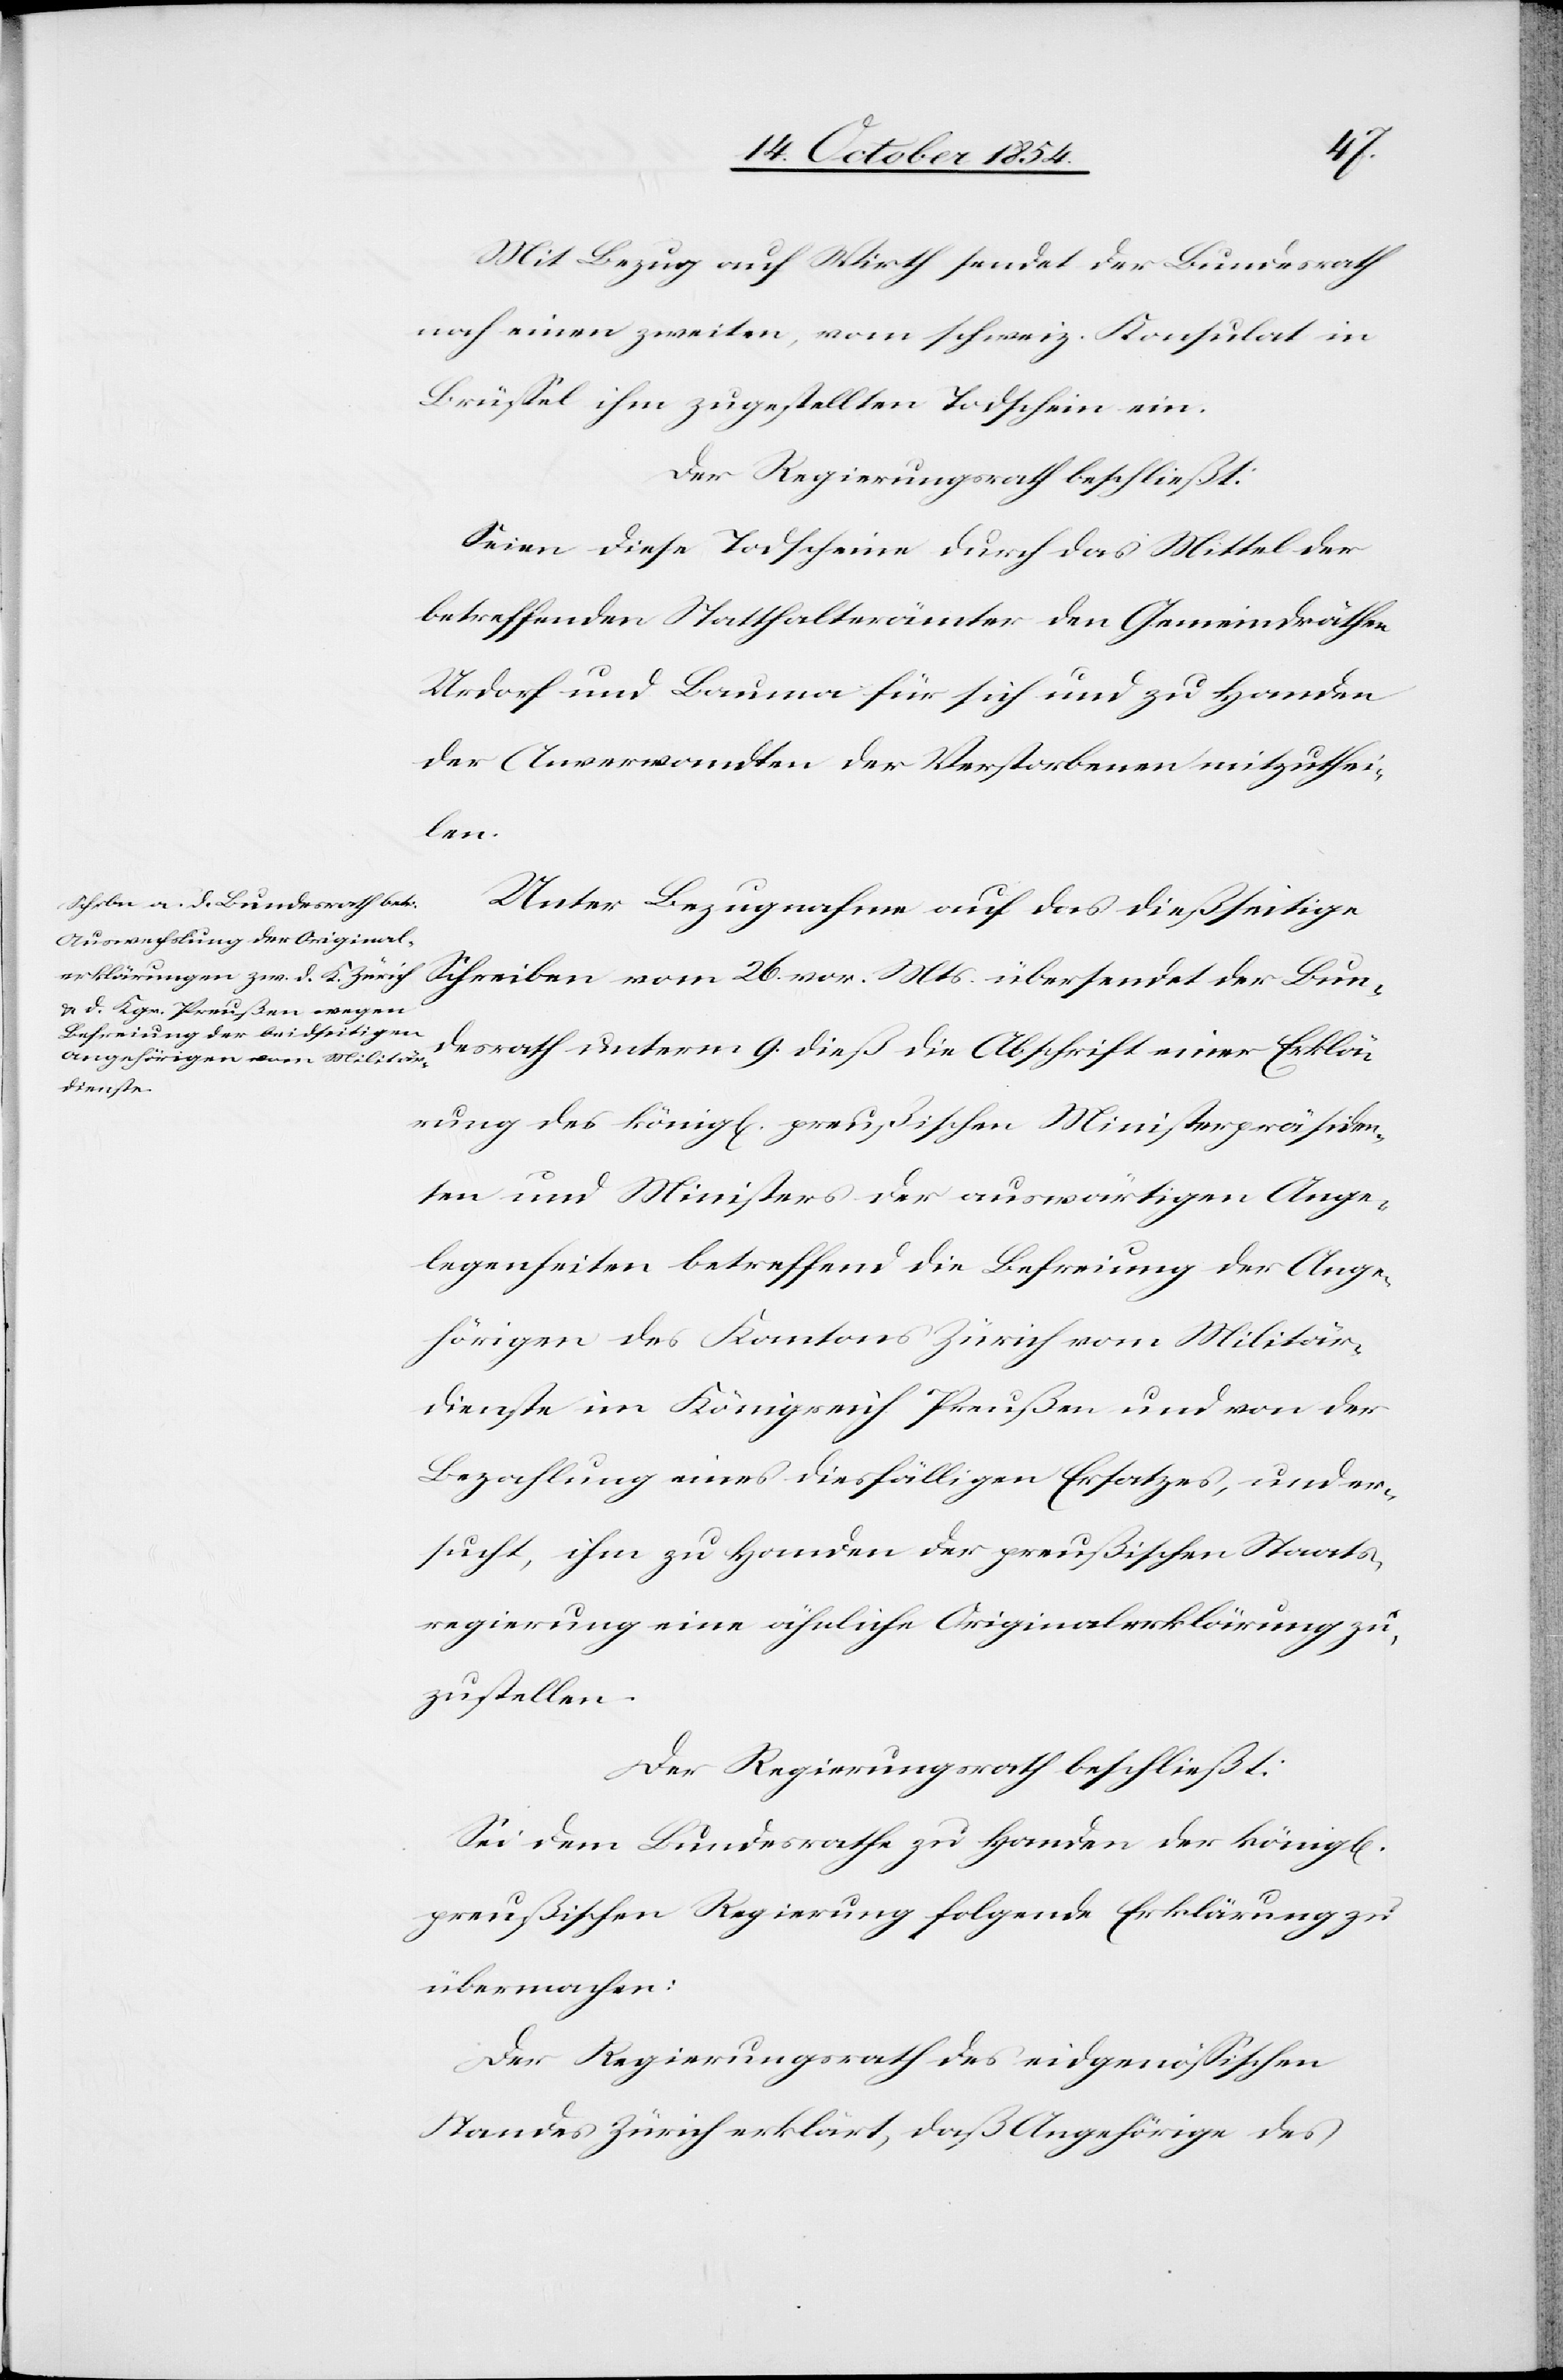
noch einen zweiten, vom schweiz. Konsulat in
Brüßel ihm zugestellten Todschein ein.
Der Regierungsrath beschließt:
Seien diese Todscheine durch das Mittel der
betreffenden Statthalterämter den Gemeindräthen
Urdorf und Bauma für sich und zu Handen
der Anverwandten der Verstorbenen mitzuthei¬
l[en].
Unter Bezugnahme auf das dießseitige
Schreiben vom 26. vor. Mts. übersendet der Bun¬
desrath unterm 9. dieß die Abschrift einer Erklä¬
rung des königl[en]. preußischen Ministerpräsiden¬
ten und Ministers der auswärtigen Ange¬
legenheiten betreffend die Befreiung der Ange¬
hörigen des Kantons Zürich vom Militär¬
dienste im Königreich Preußen und von der
Bezahlung eines diesfälligen Ersatzes, und er¬
sucht, ihm zu Handen der preußischen Staats¬
regierung eine ähnliche Originalerklärung zu¬
zustellen.
Der Regierungsrath beschließt:
Sei dem Bundesrathe zu Handen der könig¬
preußischen Regierung folgende Erklärung zu
übermachen:
Der Regierungsrath des eidgenößischen
Standes Zürich erklärt, daß Angehörige des